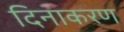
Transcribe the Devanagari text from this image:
दिनाकरण